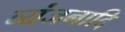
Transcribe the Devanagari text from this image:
व्यंजनादि